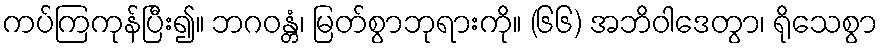
ကပ်ကြကုန်ပြီး၍။ ဘဂဝန္တံ၊ မြတ်စွာဘုရားကို။ (၆၆) အဘိဝါဒေတွာ၊ ရိုသေစွာ